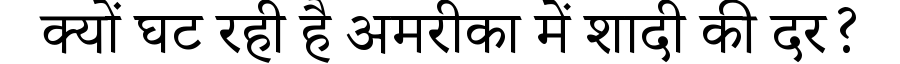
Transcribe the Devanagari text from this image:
क्यों घट रही है अमरीका में शादी की दर?